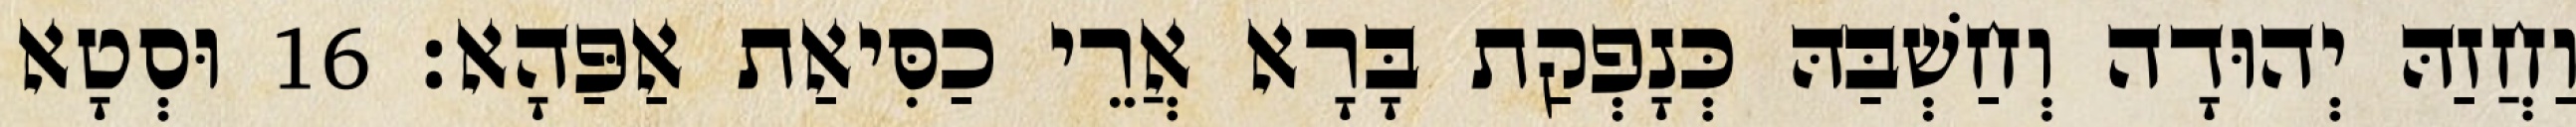
וַחֲזַהּ יְהוּדָה וְחַשְׁבַּהּ כְּנָפְקַת בָּרָא אֲרֵי כַסִּיאַת אַפַּהָא׃ 16 וּסְטָא